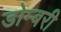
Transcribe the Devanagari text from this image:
डोम्‍बरी